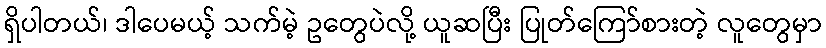
ရှိပါတယ်၊ ဒါပေမယ့် သက်မဲ့ ဥတွေပဲလို့ ယူဆပြီး ပြုတ်ကြော်စားတဲ့ လူတွေမှာ